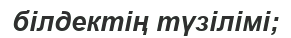
білдектің түзілімі;